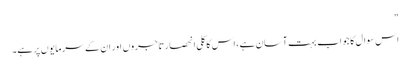
"
اس سوال کا جواب بہت آسان ہے، اس کا کلی انحصار تاجروں اور ان کے سرمایوں پر ہے۔